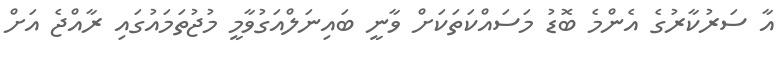
އާ ސަރުކާރުގެ އެންމެ ބޮޑު މަސައްކަތަކަށް ވާނީ ބައިނަލްއަގުވާމީ މުޖުތަމައުގައި ރާއްޖެ އަށް